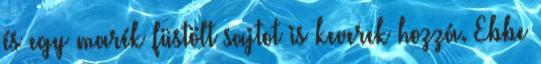
és egy marék füstölt sajtot is keverek hozzá. Ebbe